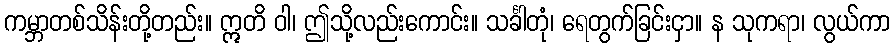
ကမ္ဘာတစ်သိန်းတို့တည်း။ ဣတိ ဝါ၊ ဤသို့လည်းကောင်း။ သင်္ခါတုံ၊ ရေတွက်ခြင်းငှာ။ န သုကရာ၊ လွယ်ကာ